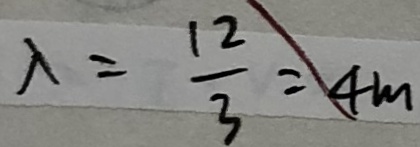
\lambda = \frac { 1 2 } { 3 } = 4 m